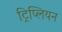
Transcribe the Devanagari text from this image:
ट्रिप्लियन